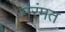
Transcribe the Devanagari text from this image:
मरंमत